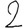
Digit: 2